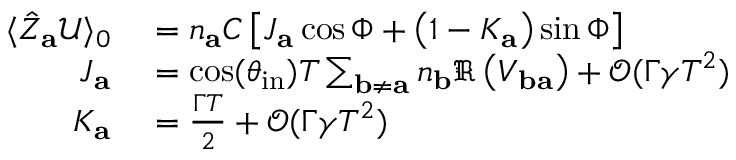
\begin{array} { r l } { \langle \hat { Z } _ { \mathbf { a } } \mathcal { U } \rangle _ { 0 } } & { { } = n _ { \mathbf { a } } C \left[ J _ { \mathbf { a } } \cos \Phi + \left( 1 - K _ { \mathbf { a } } \right) \sin \Phi \right] } \\ { J _ { \mathbf { a } } } & { { } = \cos ( \theta _ { \mathrm { i n } } ) T \sum _ { \mathbf { b } \neq \mathbf { a } } n _ { \mathbf { b } } \Re \left( V _ { \mathbf { b a } } \right) + \mathcal { O } ( \Gamma \gamma T ^ { 2 } ) } \\ { K _ { \mathbf { a } } } & { { } = \frac { \Gamma T } { 2 } + \mathcal { O } ( \Gamma \gamma T ^ { 2 } ) } \end{array}